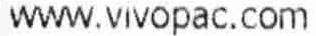
WWW.VIVOPAC.COM